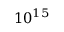
1 0 ^ { 1 5 }